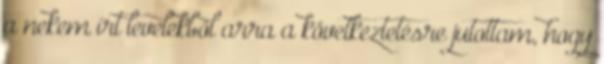
a nekem írt levelekből arra a következtetésre jutottam, hogy